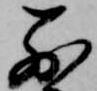
別